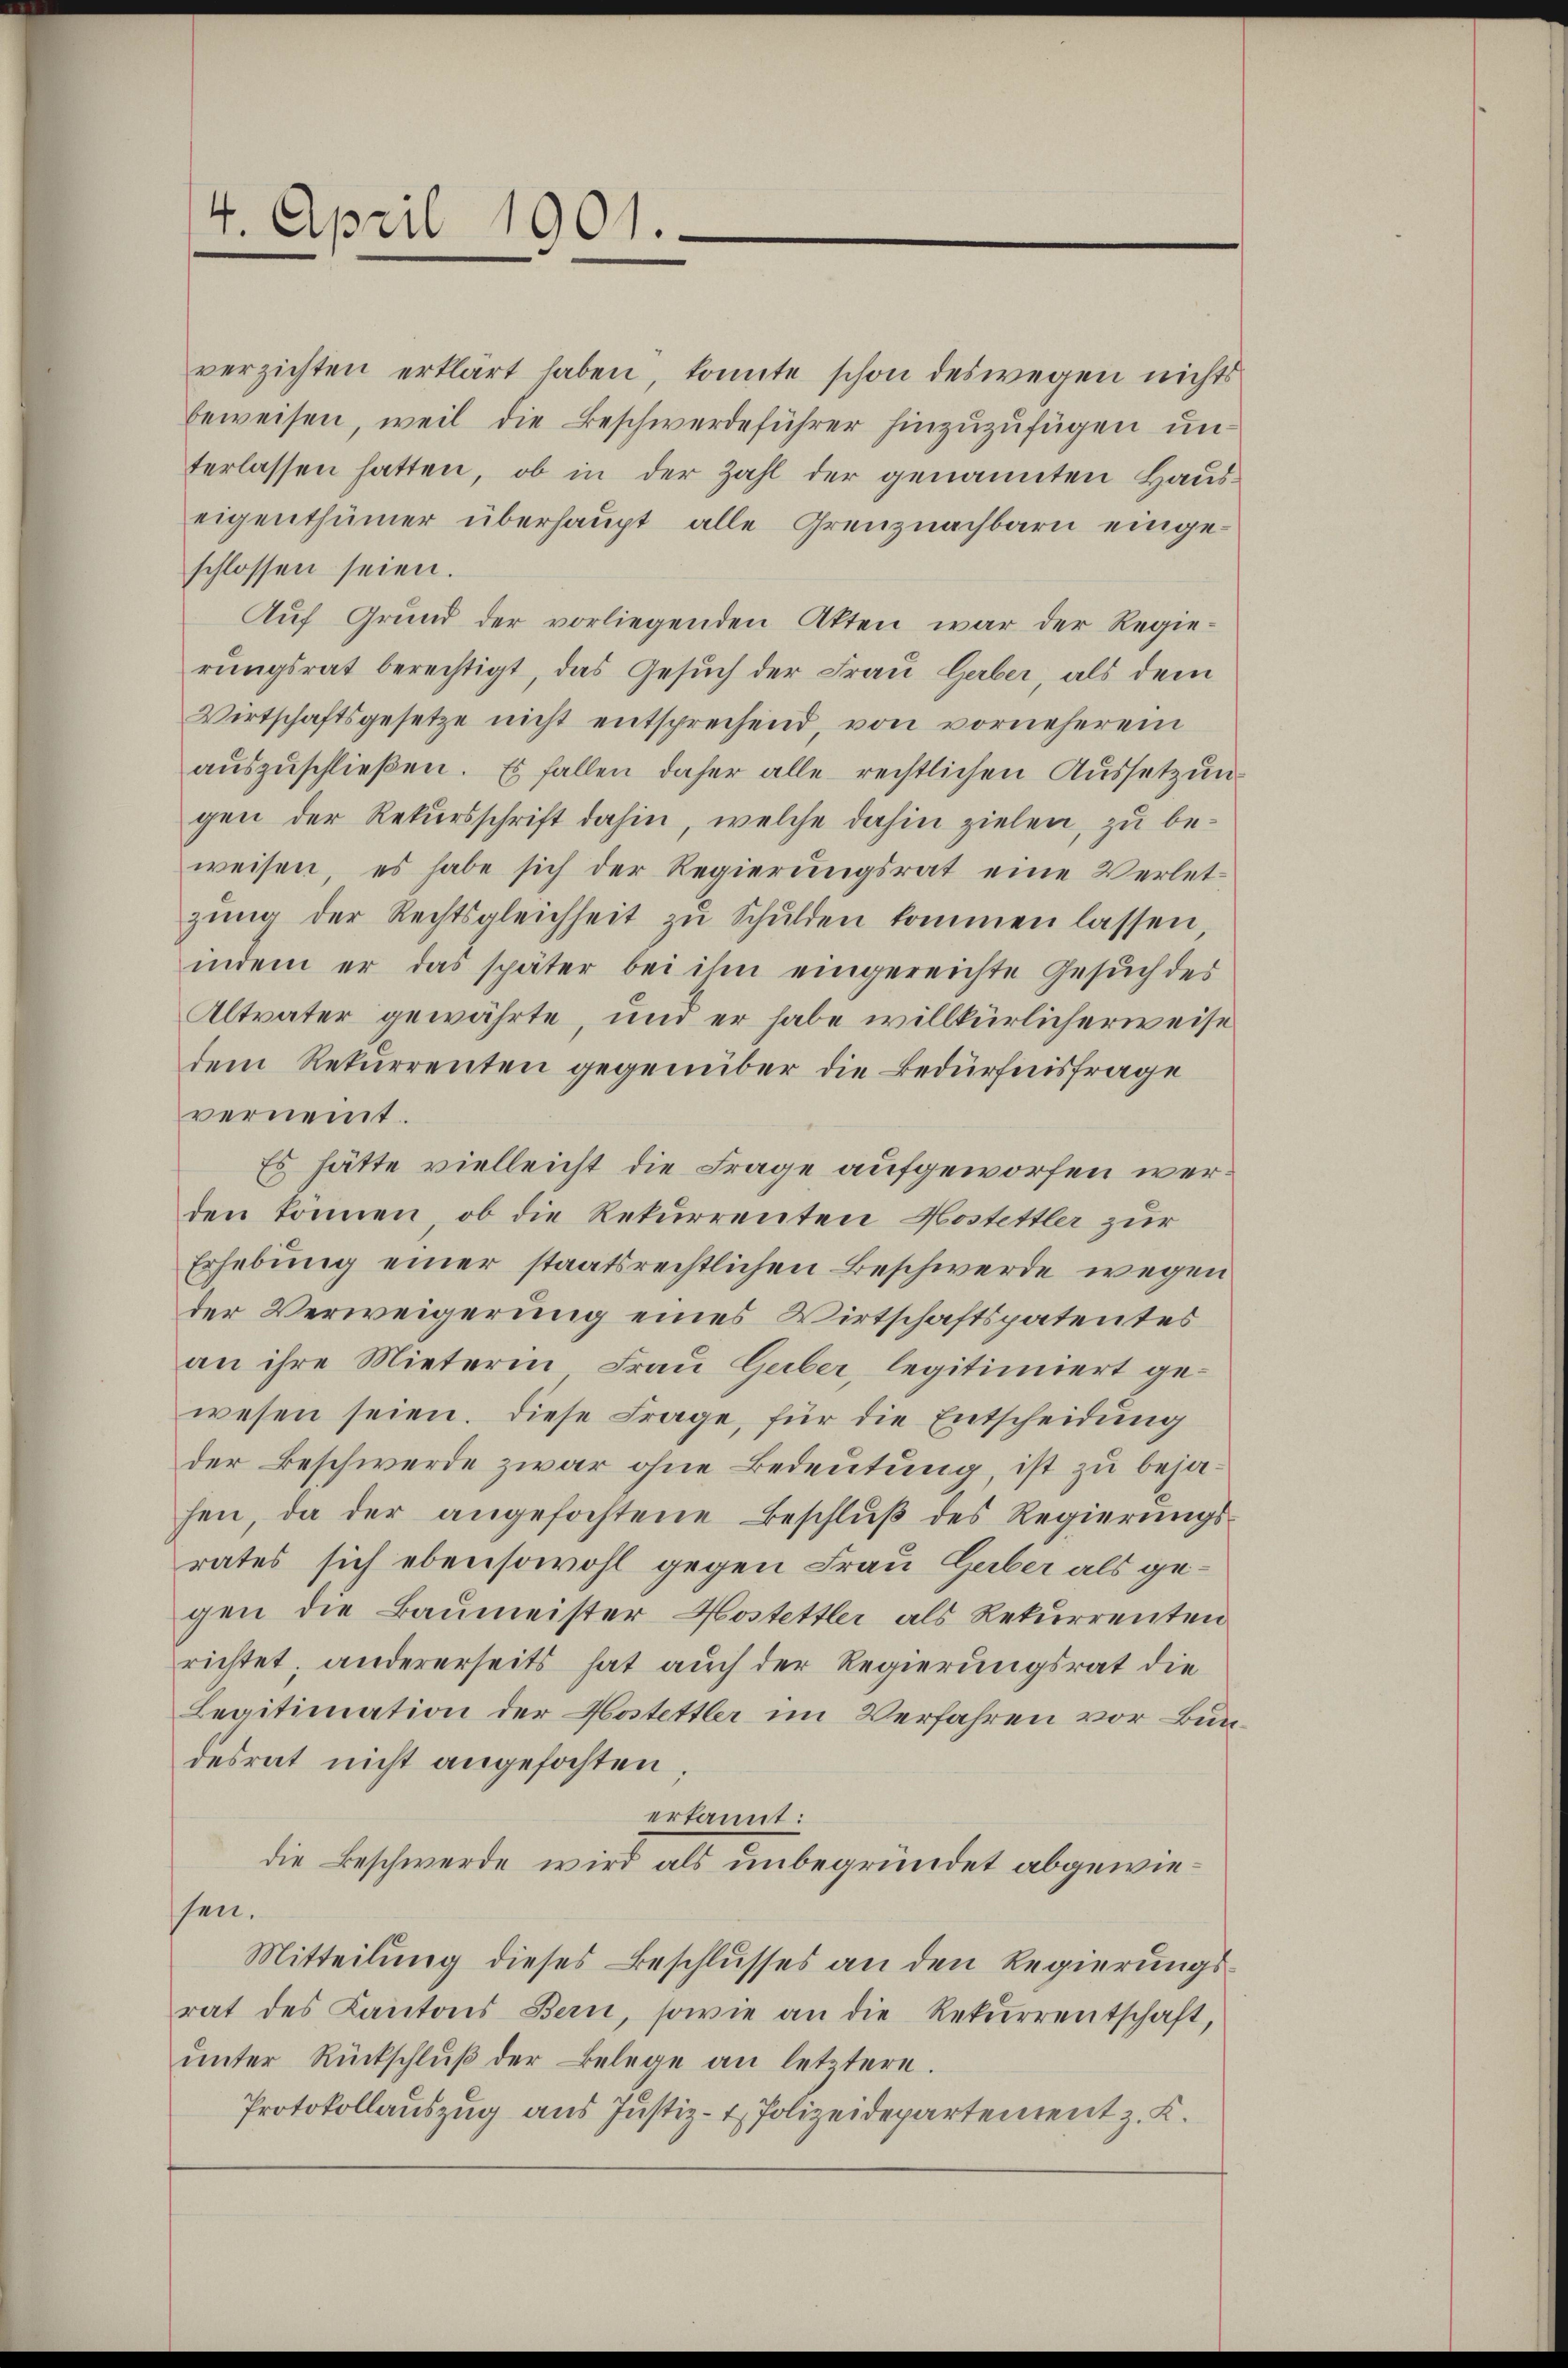
4. April 1901.

verzichten erklärt haben, konnte schon deswegen nichts
beweisen, weil die Beschwerdeführer hinzuzufügen unterlassen hatten, ob in der Zahl der genannten Hauseigenthümer überhaupt alle Grenznachbarn eingeschlossen seien.
Auf Grund der vorliegenden Akten war der Regie-
rŭngsrat berechtigt, das Gesŭch der Frau Geber, als dem
Wirtschaftsgesetze nicht entsprechend, von vorneheren
auszuschließen. Es fallen daher alle rechtlichen Aussetzungen der Rekursschrift dahin, welche dahin zielen, zu beweisen, es habe sich der Regierungsrat eine Verletzŭng der Rechtsgleichheit zŭ Schulden kommen lassen
indem er das später bei ihm eingereichte Gesŭch des
Altvater gewährte, und er habe willkürlicherweise
dem Rekurrenten gegenüber die Bedürfnisfrage
vernennt.
Es hätte vielleicht die Frage aufgeworfen werden können, ob die Rekurrenten Hostettler zur
Erhebung einer staatsrechtlichen Beschwerde wegen
der Verweigerung eines Wirtschaftspatentes
an ihre Mieterin, Frau Geber, legitimiert gewesen seien. Diese Frage, für die Entscheidung
der Beschwerde zwar ohne Bedeutung, ist zu bejahen, da der angefochtene Beschlŭβ des Regierŭngs-
rates sich ebensowohl gegen Frau Geber als gegen die Baumeister Kostettler als Rekurrenten
richtet; andererseits hat auch der Regierungsrat die
Legitimation der Hostettler im Verfahren vor Bundesrat nicht angefochten
erkannt:
die Beschwerde wird als unbegründet abgewiesen.
Mitteilung dieses Beschlusses an den Regierungsrat des Kantons Bern, sowie an die Rekŭrrentschaft,
ŭnter Rückschlŭβ der Belege an letztere.
Protokollauszug aus Justiz- & Polizeidepartement z. K.